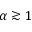
\alpha \gtrsim 1